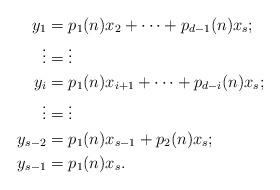
LaTeX: \begin{align*}y_1 &= p_{1}(n)x_2+\dots+p_{d-1}(n)x_s;\\\vdots & = \vdots\\y_i &=p_{1}(n)x_{i+1}+\dots+p_{d-i}(n)x_s;\\\vdots &=\vdots\\y_{s-2} &= p_{1}(n)x_{s-1}+p_{2}(n)x_s;\\y_{s-1} &= p_{1}(n)x_s.\end{align*}